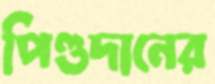
পিণ্ডদানের